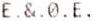
E.&.0.E.